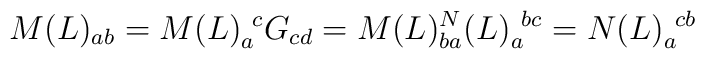
M(L)_{ab}=M(L)_a^{\ c}G_{cd}=M(L)_{ba} \sp N(L)_a^{\ bc}=N(L)_a^{\ cb}